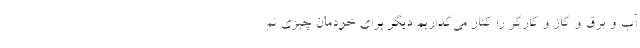
آب و برق و گاز و کارگر را کنار می‌گذاریم دیگر برای خودمان چیزی نم